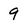
Character: 9